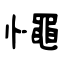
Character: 憴